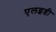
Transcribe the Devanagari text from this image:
एलइडी